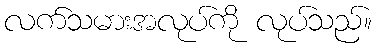
လက်သမားအလုပ်ကို လုပ်သည်။